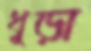
ধুড়া